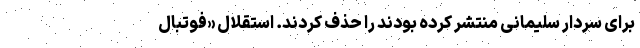
برای سردار سلیمانی منتشر کرده بودند را حذف کردند. استقلال «فوتبال